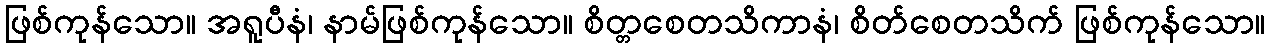
ဖြစ်ကုန်သော။ အရူပီနံ၊ နာမ်ဖြစ်ကုန်သော။ စိတ္တစေတသိကာနံ၊ စိတ်စေတသိက် ဖြစ်ကုန်သော။